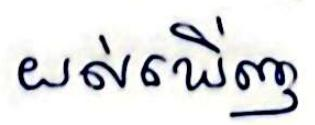
យល់ឃើញ